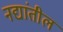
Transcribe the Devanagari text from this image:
नद्यांतील